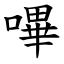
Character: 嗶